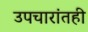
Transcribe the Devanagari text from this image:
उपचारांतही